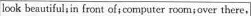
look beautiful;in front of; computer room;over there,